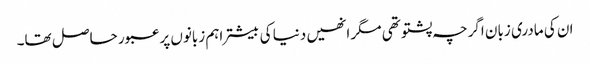
ان کی مادری زبان اگرچہ پشتو تھی مگر انھیں دنیا کی بیشتر اہم زبانوں پر عبور حاصل تھا۔